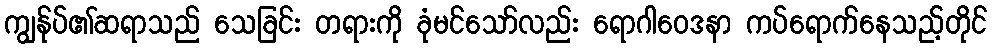
ကျွန်ုပ်၏ဆရာသည် သေခြင်း တရားကို ခုံမင်သော်လည်း ရောဂါဝေဒနာ ကပ်ရောက်နေသည့်တိုင်